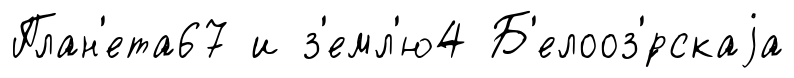
План'ета67 и з'емл'ю4 Б'елооз'́рскаjа